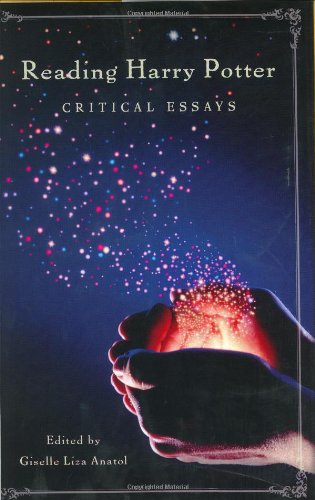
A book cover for Reading Harry Potter: Critical Essays (Contributions to the Study of Popular Culture,); Giselle Liza Anatol; Science Fiction & Fantasy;